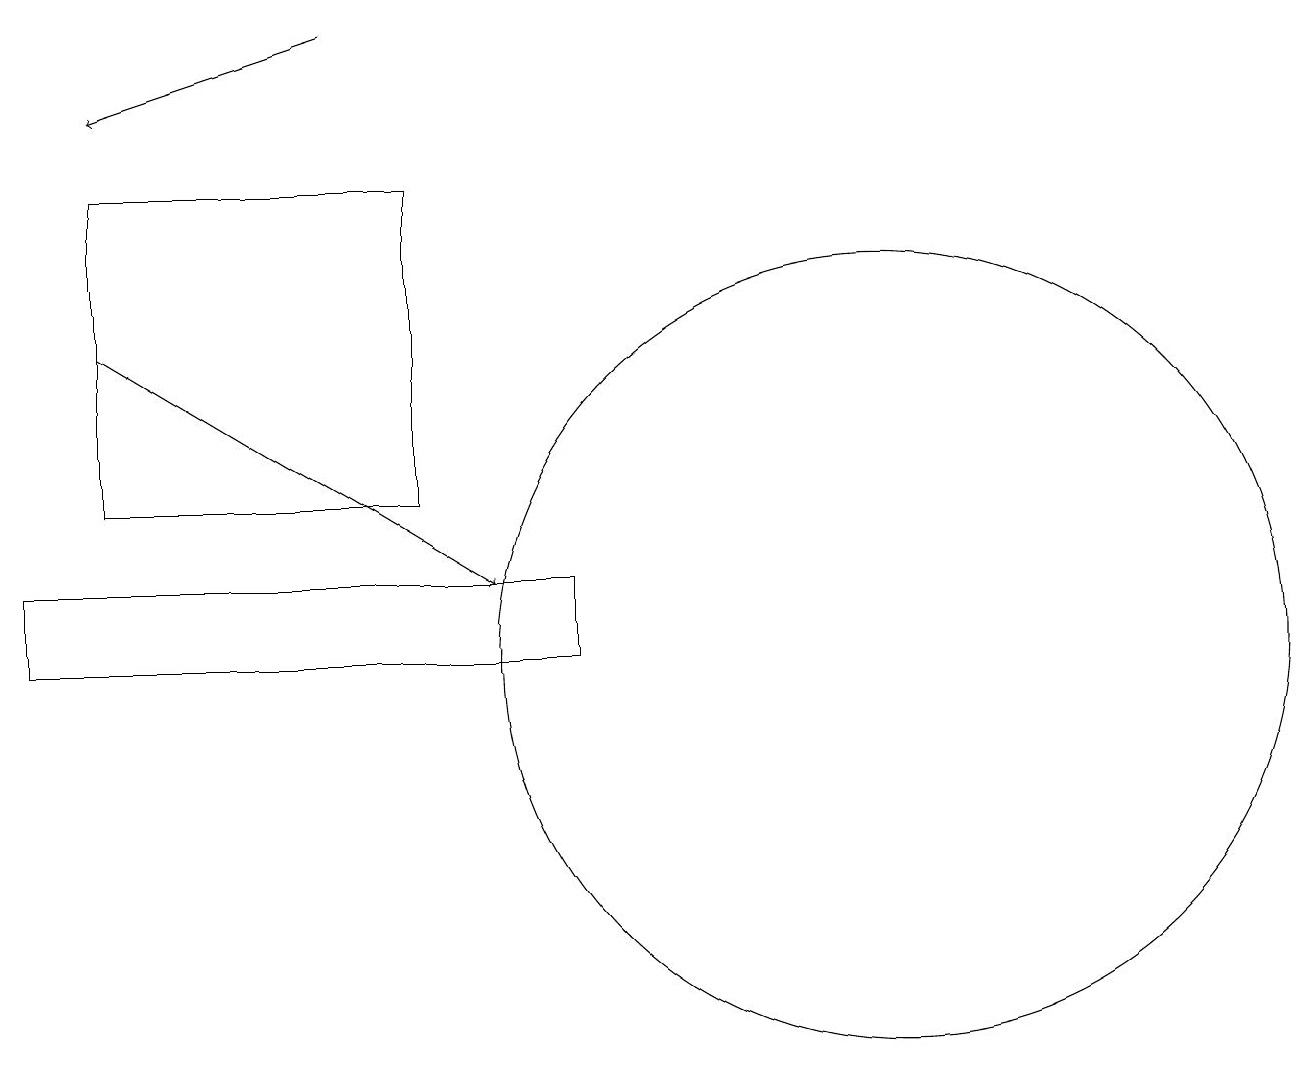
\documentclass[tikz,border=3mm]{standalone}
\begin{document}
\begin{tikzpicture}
\draw (1,13) rectangle (5,17);
\draw[->] (4,19) -- (1,18);
\draw (7,12) rectangle (0,11);
\draw (11,11) circle (5);
\draw[->] (1,15) -- (6,12);
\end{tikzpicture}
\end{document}